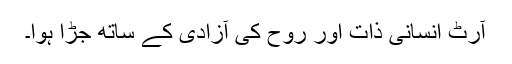
آرٹ انسانی ذات اور روح کی آزادی کے ساتھ جڑا ہوا۔